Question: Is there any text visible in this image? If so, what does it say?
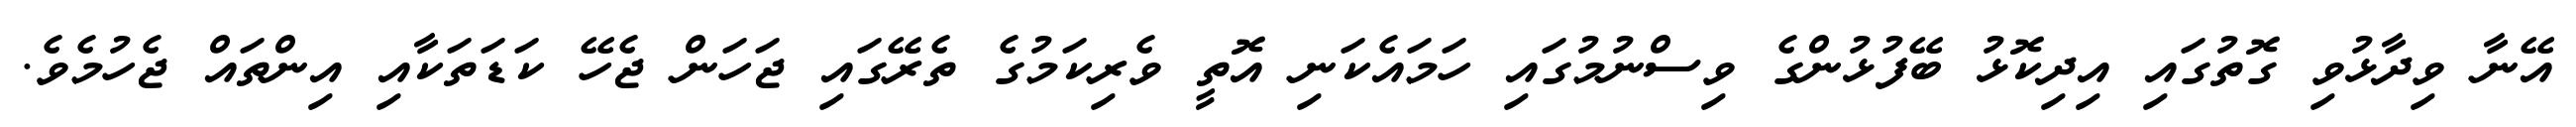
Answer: އޭނާ ވިދާޅުވި ގޮތުގައި އިދިކޮޅު ބޭފުޅުންގެ ވިސްނުމުގައި ހަމައެކަނި އޮތީ ވެރިކަމުގެ ތެރޭގައި ޖަހަން ޖެހޭ ކަޑަތަކާއި އިންތައް ޖެހުމެވެ.